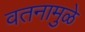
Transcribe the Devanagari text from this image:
वतनामुळे